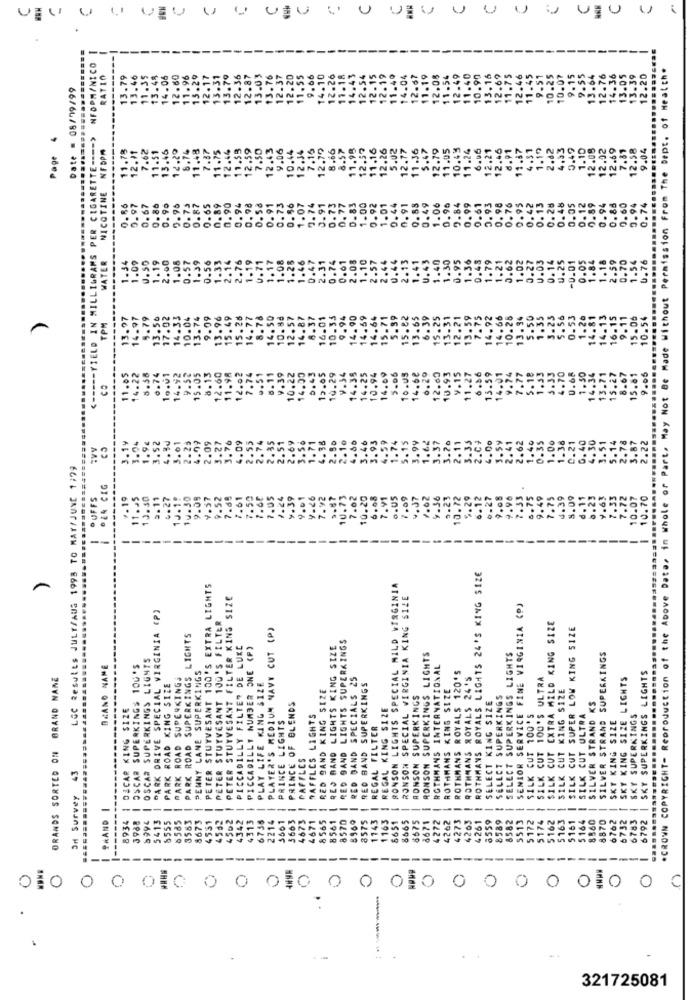
uu uu uu uu uu uu uu uu uu uu u e
............................
NFOPMINICO
.CROWN COPYRIGHT- Reproduction of the Above Data, in Whole or Part. May Not Be Made Without Permission From The Dept. of Health.
RATIO
13.79
13.46
11.35
13.48
14.06
12.60
11.96
15.29
12.17
13.31
13.79
12.36
12.87
13.03
13.76
20
12.26
11.18
14.43
12.54
12.19
11.49
14.04
12.67
11.19
12.05
11.54
12.49
11.40
10.90
13.16
12.69
11.75
12.46
11.45
9.51
10.25
10.07
9.15
7.55
13.64
12.76
14.36
13.05
12.20
Date = 08/79/99
12.3
14.1
12 -1
13.
<----- YIELD IN MILLIGRAMS PER CIGARETTE ---- >
1.78
2.11
7.62
11.51
13.46
12.29
8.74
11.48
7.87
11.75
12.44
11.53
12.59
7.50
12.43
9.06
10.44
12.34
7.15
12.79
8.66
8.57
11.98
12,57
11.16
12.26
5.02
12.17
11.36
5.47
12.79
11.05
10.45
11.24
6.06
12.21
12.46
d.91
11.37
4.31
1.19
2.82
4.33
0.49
1.10
12.08
12.02
12.69
7.81
12.58
9.04
Page
NFOPM
NICOTINE
0.77
9.84
0.98
0.76
0.93
0.97
0.67
0.80
0.90
9.96
0.73
0.87
0.65
0.89
0.90
0.94
0.98
0.56
0. 91
0.73
0.56
1.07
9. 74
0.91
0.73
0.83
1.00
0.92
1.01
0.44
0.91
0.83
0.49
1.06
0.96
0.99
0.61
0.93
0.42
0.13
0.28
0.48
0.05
0. 12
0.59
0.94
0.88
0.60
0.94
0.74
WATER
1.09
0.50
1.19
2.00
1.08
0.57
1.39
2.14
2.76
1.19
U.71
1.17
1.08
1.28
1.46
0.47
2.31
0.74
0.01
2.08
1.10
2.57
2.44
0.44
2.13
1.41
U.43
1.40
1.30
0.95
1.36
1.79
1.21
0.62
0.27
U.03
0.14
0.25
0.05
1. 18
2.59
1.54
0.76
1.34
0.56
1.33
0.48
1.02
-0.01
1.84
0.70
13.97
14.97
5.79
13.5₺
17.02
14.33
10.04
13.74
9.99
13.96
15.49
15.26
14.77
8.78
14.50
10.88
12.57
14.87
8.37
16.01
10.33
9.94
14.90
14.69
14.64
15.71
5.39
15.82
13.65
6.39
15.25
13.31
12.21
13.59
7.75
14.92
14.66
10.25
13.34
5.50
1.35
3.23
5.56
0.53
1.20
14.81
14.13
16.15
9.11
15.06
10.54
TPM
-
9.74
7.77
5.18
1.53
3.33
11.05
14.22
5.58
6.74
10.01
14.92
9.52
15.05
8.13
12.60
11.98
12.02
7.74
5.11
4.39
10.22
14.00
0.43
19.05
10.29
V.54
14.35
.25
10.94
14.09
5.06
10.05
14.68
6.29
12.60
10.93
.15
11.27
.86
13.59
14.01
4.70
1.50
34
13.71
15.27
8.67
15.81
9.05
CO
1
1.9€
3.52
4.99
2.09
3.76
4.09
2.55
2.74
2. 35
2.51
2.69
3.56
1.71
4.36
2.50
2.10
4.60
3.46
3.93
4.59
1.74
5.15
3.99
1.62
3.37
3.20
2.11
5.35
2.0;
4.00
3.59
2.41
2.62
1.40
0.35
1.00
1.36
C.21
6.40
4.30
3.51
.78
3.87
2.22
............========
1.04
3.01
2.25
3.27
LGC Results JULY/AUS 1998 TO MAY/JUNE 1729
024 CEG
OUFFS
7-19
11:25
13.30
3.11
4.27
1J.1!
10.30
9.08
4.57
9.52
7.65
7.61
7.50
7.68
7.05
1.24
9.39
4.01
9.26
7.92
5.87
10.73
7.02
10.20
6.08
7.91
7.09
4.J7
.62
9.36
0-23
10.72
.29
6.12
6.27
.96
7.33
6.75
9.49
7.75
4.39
8.09
6.11
.63
.72
10.07
10.70
--
ROTHMANS ROYALS LIGHTS 24'S KING SIZE
I PETER STUYVESANT 100'S EXTRA LIGHTS
RONSON LIGHTS SPECIAL MILD VIRGINIA
PETER STUYVESANT FILTER KING SIZE
RONSON SPECIAL WIRGINIA KING SIZE
PARK DRIVE SPECIAL VIRGINIA (P)
I SENIOR SERVICE FINE VIRGINIA (P)
PETER STUYVESANT 100'S FILTER
PLAYER'S MEDIUM NAVY CUT (P)
SILK CUT EXTRA MILD KING SIZE
SILK CUT SUPER LOW KING SIZE
PARK ROAD SUPERKINGS LIGHTS
RED BAND LIGHTS SUPERKINGS
PICCADILLY FILTER DE LUXE
PICCADILLY NUMBER ONE (P)
RED BAND LIGHTS KING SIZE
OSCAR SUPERKINGS LIGHTS
RONSON SUPERKINGS LIGHTS
SELECT SUPERKINGS LIGHTS
SILVER STRAND SUPERKINGS
DRANO NAME
I OSCAR SUPERKINGS 100'S
PENNY LANE SUPERKINGS
ROTHMANS INTERNATIONAL
ROTHMANS ROYALS 120'S
SKY SUPERKINGS LIGHTS
ORANDS SORTED ON BRAND NAME
PARK ROAD SUPERKINGS
PLAY LIFE KING SIZE
RED BAND SPECIALS 25
ROTHMANS ROYALS 24'S
SILK CUT 100'S ULTRA
SKY KING SIZE LIGHTS
PARK ROAD KING SIZE
RED BAND KING SIZE
RED BAND SUPERKINGS
ROTHMANS KING SIZE
SILK CUT KING SIZE
RONSON SUPERKINGS
SELECT KING SIZE
SELECT SUPERKINGS
SILVER STRAND KS
---
8934 1 DACAR KING SIZE
PRINCE OF BLENDS
REGAL KING SIZE
RAFFLES LIGHTS
"I SILK CUT 100'S
SILK CUT ULTRA
SKY KING SIZE
SKY SUPERKINGS
PRINCE LIGHTS
REGAL FILTER
...
CAFFLES
43
Od Survey 43
9HAND |
1994
-
5413
8555
-
-
8585
3583
8673
4551
4582
4562
4342
4313
-
6755
-
2214
3663
4673
4671
8565
8561
-
8570
8575
1143
1163
5651
--
-
4262
4273
4263
4261
-
8559
8589
-
8582
5513
5172
5174
5162
$163
--
5161
5164
8860
8870
6762
6732
6783
6792
3988
6675
8671
4272
---------
---
---
---
----
0
0
0
0
O
0
:---
321725081